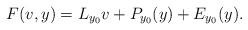
LaTeX: \begin{align*}F(v,y)=L_{y_0}v + P_{y_0}(y)+E_{y_0}(y).\end{align*}